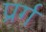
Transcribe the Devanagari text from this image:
प्रर्ग